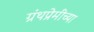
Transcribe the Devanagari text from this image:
ग्रंथप्रेमींच्या